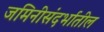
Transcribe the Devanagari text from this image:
जमिनीसंदर्भातील